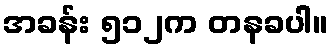
အခန်း ၅၁၂က တနခပါ။